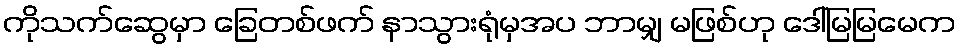
ကိုသက်ဆွေမှာ ခြေတစ်ဖက် နာသွားရုံမှအပ ဘာမျှ မဖြစ်ဟု ဒေါ်မြမြမေက